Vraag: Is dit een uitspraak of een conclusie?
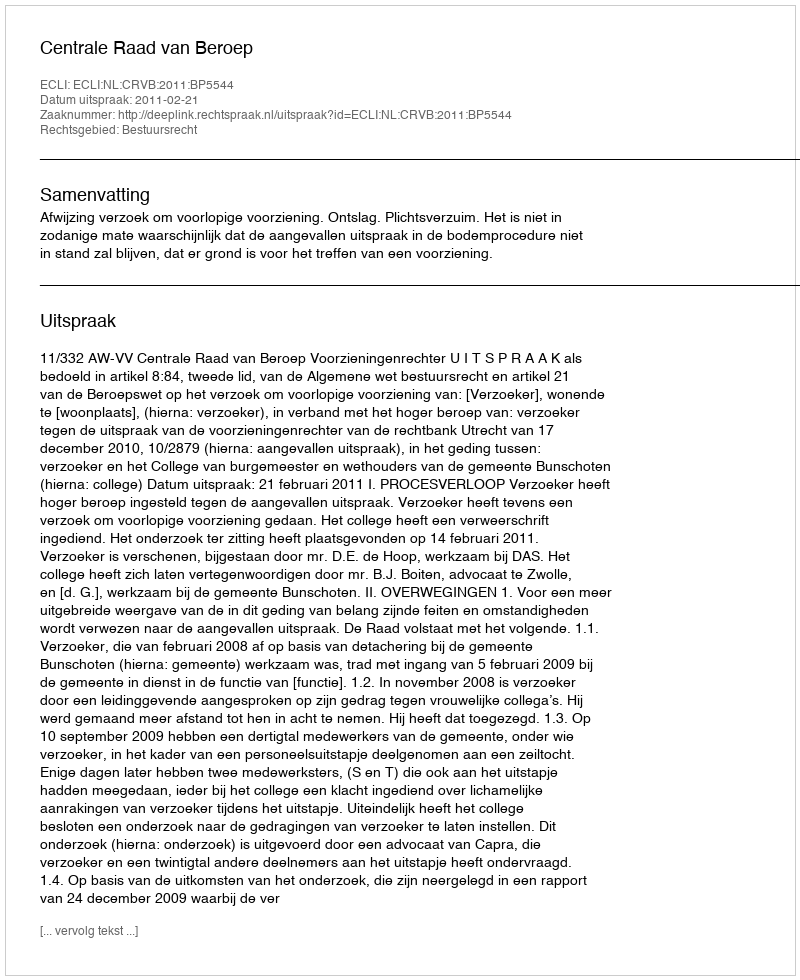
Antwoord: Uitspraak